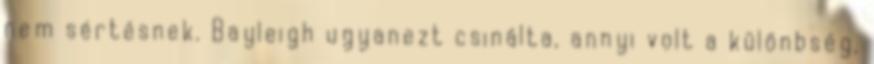
nem sértésnek. Bayleigh ugyanezt csinálta, annyi volt a különbség,